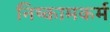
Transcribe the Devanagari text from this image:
निष्कामकर्म